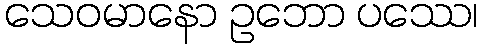
သေဝမာနော ဥဘော ပဿေ၊